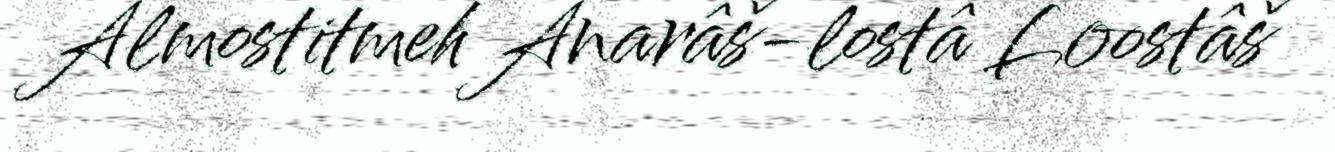
Almostitmeh Anarâš-lostâ Loostâš